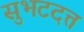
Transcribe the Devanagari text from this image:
सुभटदत्त